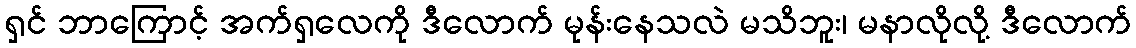
ရှင် ဘာကြောင့် အက်ရှလေကို ဒီလောက် မုန်းနေသလဲ မသိဘူး၊ မနာလိုလို့ ဒီလောက်